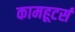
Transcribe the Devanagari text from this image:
कामहूटर्स